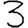
Digit: 3